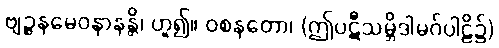
ဗျဉ္ဇနမေဝနာနန္တိ၊ ဟူ၍။ ဝစနတော၊ (ဤပဋီသမ္ဘိဒါမဂ်ပါဠိ၌)